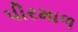
પીરમાળ